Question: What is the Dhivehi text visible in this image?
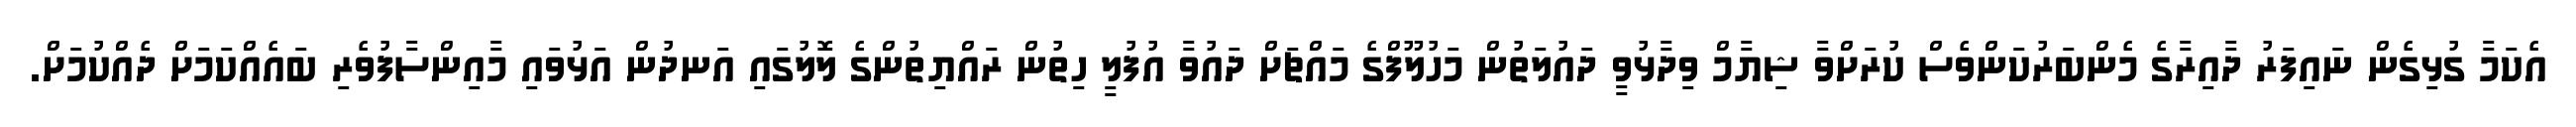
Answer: އެކަމާ ގުޅިގެން ނައިފަރު ދާއިރާގެ މެންބަރުކަންވެސް ކުރަށްވާ ޝިޔާމް ވިދާޅުވީ ދައުލަތުން މަހުލޫފްގެ މައްޗަށް ދައުވާ އުފުލީ ހިތުން ރައްޔިތުންގެ ލޮލުގައި އަނދުން އަޅުވައި މާއިންސާފުވެރި ބައެއްކަމަށް ދެއްކުމަށް.